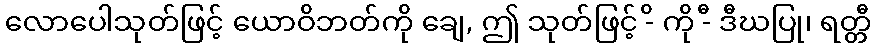
လောပေါသုတ်ဖြင့် ယောဝိဘတ်ကို ချေ, ဤ သုတ်ဖြင့် -ိ ကို -ီ ဒီဃပြု၊ ရတ္တီ